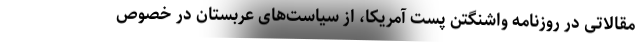
مقالاتی در روزنامه واشنگتن پست آمریکا، از سیاست‌های عربستان در خصوص